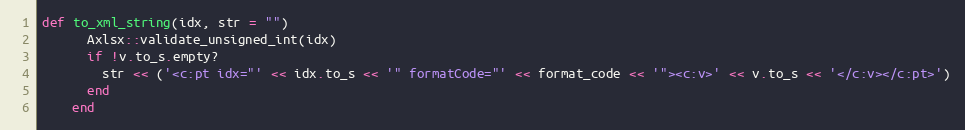
Language: Ruby
def to_xml_string(idx, str = "")
      Axlsx::validate_unsigned_int(idx)
      if !v.to_s.empty?
        str << ('<c:pt idx="' << idx.to_s << '" formatCode="' << format_code << '"><c:v>' << v.to_s << '</c:v></c:pt>')
      end
    end